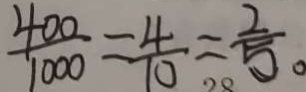
\frac { 4 0 0 } { 1 0 0 0 } = \frac { 4 } { 1 0 } = \frac { 2 } { 5 } 。